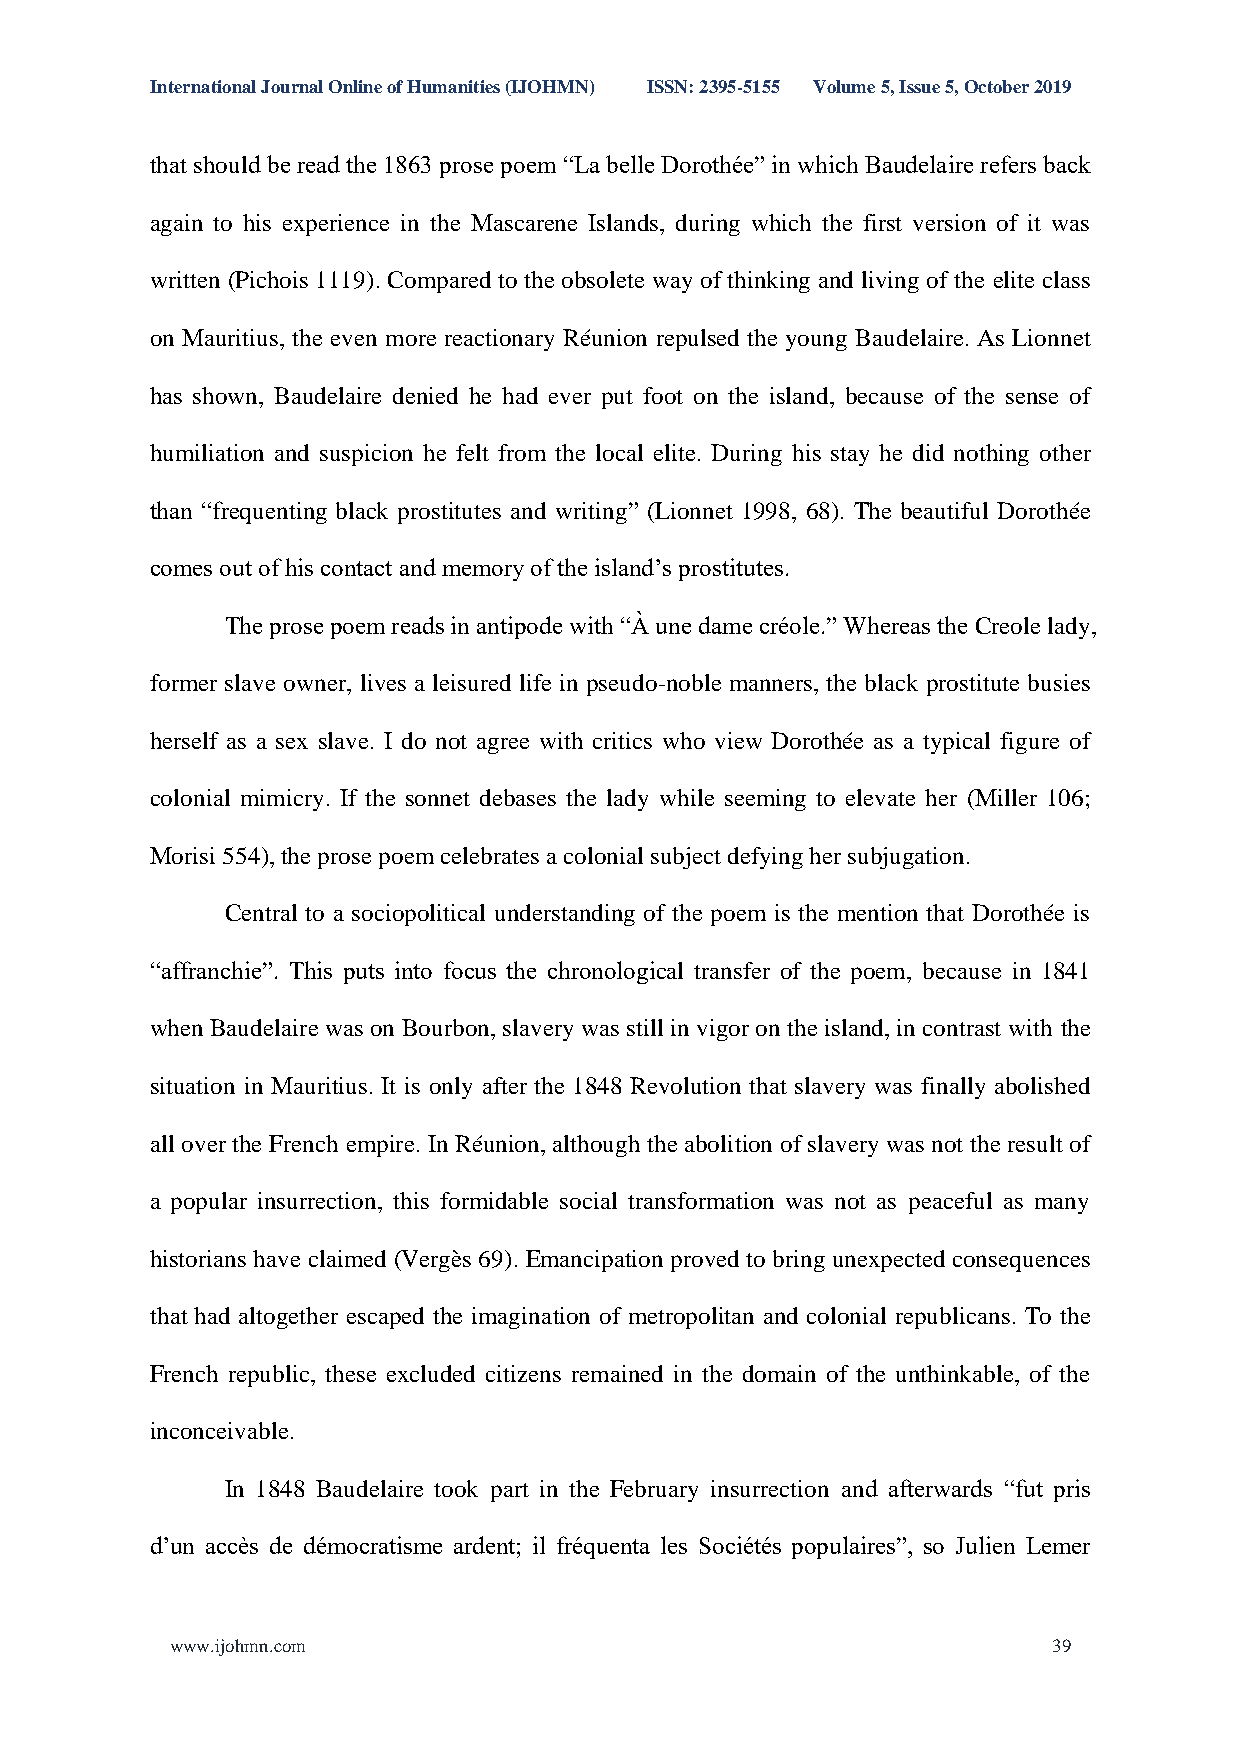
International Journal Online of Humanities (IJOHMN) ISSN: 2395-5155 Volume 5, Issue 5, October 2019
 that should be read the 1863 prose poem “La belle Dorothée” in which Baudelaire refers back
 again to his experience in the Mascarene Islands, during which the first version of it was
 written (Pichois 1119). Compared to the obsolete way of thinking and living of the elite class
 on Mauritius, the even more reactionary Réunion repulsed the young Baudelaire. As Lionnet
 has shown, Baudelaire denied he had ever put foot on the island, because of the sense of
 humiliation and suspicion he felt from the local elite. During his stay he did nothing other
 than “frequenting black prostitutes and writing” (Lionnet 1998, 68). The beautiful Dorothée
 comes out of his contact and memory of the island’s prostitutes.
 The prose poem reads in antipode with “À une dame créole.” Whereas the Creole lady,
 former slave owner, lives a leisured life in pseudo-noble manners, the black prostitute busies
 herself as a sex slave. I do not agree with critics who view Dorothée as a typical figure of
 colonial mimicry. If the sonnet debases the lady while seeming to elevate her (Miller 106;
 Morisi 554), the prose poem celebrates a colonial subject defying her subjugation.
 Central to a sociopolitical understanding of the poem is the mention that Dorothée is
 “affranchie”. This puts into focus the chronological transfer of the poem, because in 1841
 when Baudelaire was on Bourbon, slavery was still in vigor on the island, in contrast with the
 situation in Mauritius. It is only after the 1848 Revolution that slavery was finally abolished
 all over the French empire. In Réunion, although the abolition of slavery was not the result of
 a popular insurrection, this formidable social transformation was not as peaceful as many
 historians have claimed (Vergès 69). Emancipation proved to bring unexpected consequences
 that had altogether escaped the imagination of metropolitan and colonial republicans. To the
 French republic, these excluded citizens remained in the domain of the unthinkable, of the
 inconceivable.
 In 1848 Baudelaire took part in the February insurrection and afterwards “fut pris
 d’un accès de démocratisme ardent; il fréquenta les Sociétés populaires”, so Julien Lemer
 www.ijohmn.com                                             39